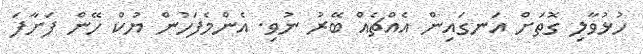
ހުޅުވާލި ގޮތަށް އަނގައިން އެއްޗެއް ބޭރު ނުވި. އެންމެފަހުން ޔުކް ހޭން ފަށާފަ